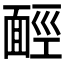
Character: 𩈡